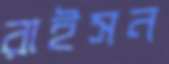
রাইসন